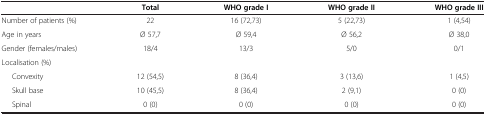
|  | Total | WHO grade I | WHO grade II | WHO grade III |
 | --- | --- | --- | --- | --- |
 | Number of patients (%) | 22 | 16 (72,73) | 5 (22,73) | 1 (4,54) |
 | Age in years | Ø 57,7 | Ø 59,4 | Ø 56,2 | Ø 38,0 |
 | Gender (females/males) | 18/4 | 13/3 | 5/0 | 0/1 |
 | Localisation (%) |  |  |  |  |
 | Convexity | 12 (54,5) | 8 (36,4) | 3 (13,6) | 1 (4,5) |
 | Skull base | 10 (45,5) | 8 (36,4) | 2 (9,1) | 0 (0) |
 | Spinal | 0 (0) | 0 (0) | 0 (0) | 0 (0) |